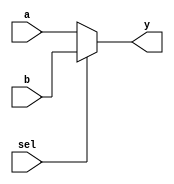
module mux2to1 (
    input wire a,        // Input signal a
    input wire b,        // Input signal b
    input wire sel,      // Select signal
    output reg y         // Output signal
);

    // Always block for combinational logic
    always @(*) begin
        // Continuous assignment using blocking assignment
        if (sel) begin
            y = b;       // If sel is 1, output b
        end else begin
            y = a;       // If sel is 0, output a
        end
    end

endmodule